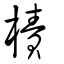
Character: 樍